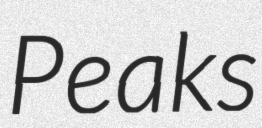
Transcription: Peaks